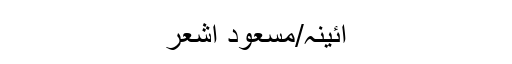
آئینہ/مسعود اشعر